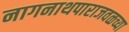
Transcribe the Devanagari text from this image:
नागनाथपाराजवळच्या